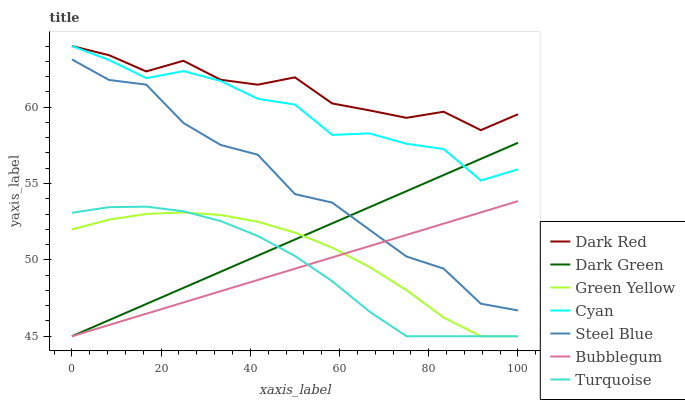
| xaxis_label | Dark Red | Dark Green | Green Yellow | Cyan | Steel Blue | Bubblegum | Turquoise |
 | --- | --- | --- | --- | --- | --- | --- | --- |
 | 0 | 64 | 45 | 52 | 64 | 63.1 | 45 | 53.1 |
 | 8.33 | 63.4 | 46.1 | 52.6 | 63.1 | 61.8 | 45.7 | 53.5 |
 | 16.7 | 62.3 | 47.1 | 53 | 61.9 | 61.5 | 46.5 | 53.5 |
 | 25 | 63 | 48.2 | 53.1 | 62.4 | 59 | 47.2 | 53.2 |
 | 33.3 | 61.8 | 49.2 | 52.9 | 61.7 | 57.5 | 47.9 | 52.5 |
 | 41.7 | 61.5 | 50.3 | 52.5 | 60.5 | 56.9 | 48.7 | 51.6 |
 | 50 | 61.9 | 51.3 | 51.8 | 60.2 | 54.3 | 49.4 | 50.3 |
 | 58.3 | 60.2 | 52.4 | 50.8 | 58.2 | 53.8 | 50.2 | 48.6 |
 | 66.7 | 59.8 | 53.4 | 49.5 | 58.3 | 52 | 50.9 | 46.6 |
 | 75 | 59.3 | 54.5 | 48 | 57.6 | 50.2 | 51.6 | 45 |
 | 83.3 | 59.7 | 55.6 | 46.2 | 57.3 | 49.4 | 52.4 | 45 |
 | 91.7 | 58.5 | 56.6 | 45 | 55.2 | 47.1 | 53.1 | 45 |
 | 100 | 59.5 | 57.7 | 45 | 55.9 | 46.7 | 53.8 | 45 |